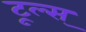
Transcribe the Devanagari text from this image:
टूल्स्